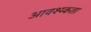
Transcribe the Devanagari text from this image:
आवश्य्कता